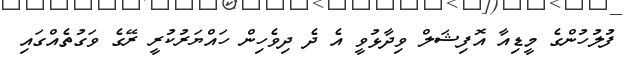
ފުލުހުންގެ މީޑިއާ އޮފިޝަލް ވިދާޅުވީ އެ ދެ ދިވެހިން ހައްޔަރުކުރީ ރޭގެ ވަގުތެއްގައި